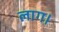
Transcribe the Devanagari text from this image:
लाग।